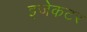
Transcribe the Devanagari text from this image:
इजेकटर